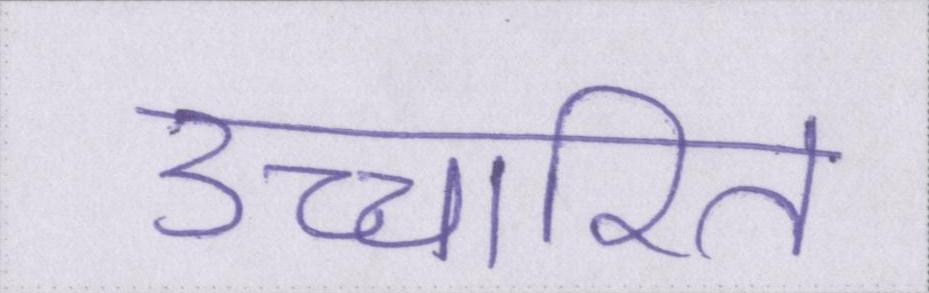
उच्चारित